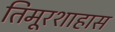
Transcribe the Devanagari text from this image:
तिमूरशाहास